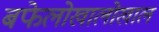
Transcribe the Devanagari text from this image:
बफेलोखालोखाल